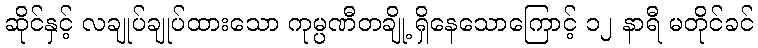
ဆိုင်နှင့် လချုပ်ချုပ်ထားသော ကုမ္ပဏီတချို့ ရှိနေသောကြောင့် ၁၂ နာရီ မတိုင်ခင်